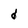
Character: d